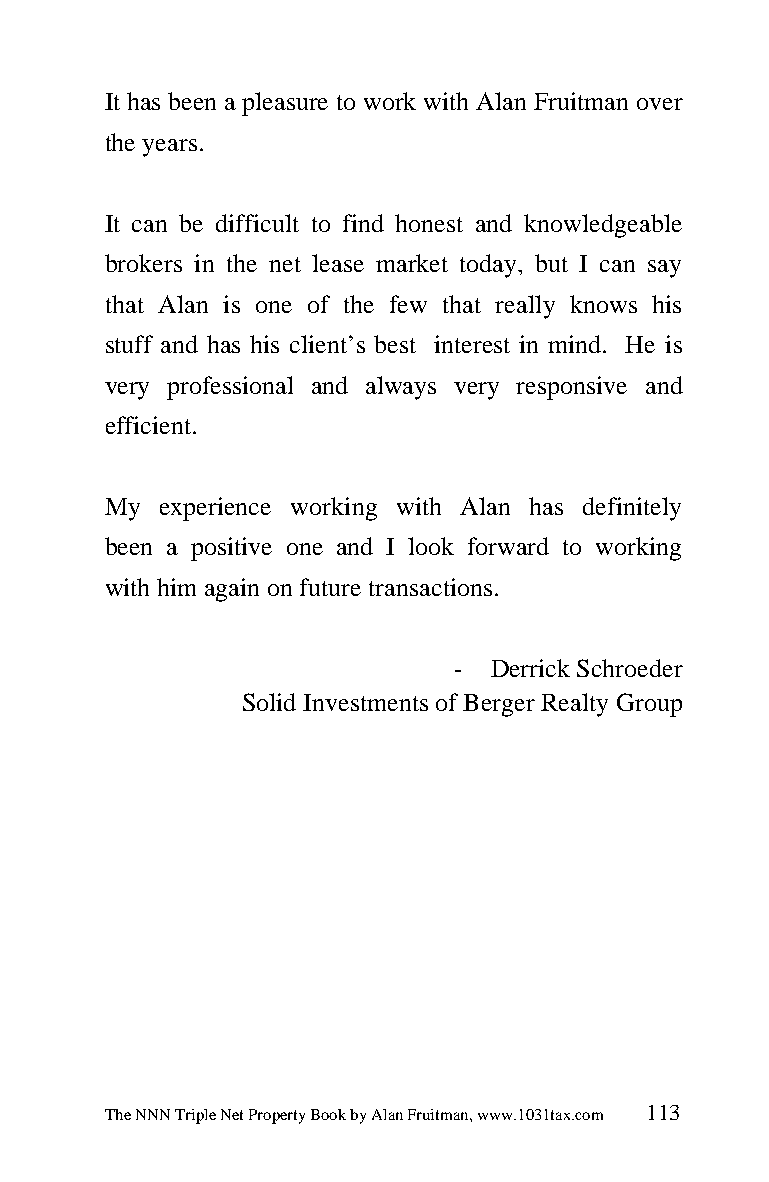
It has been a pleasure to work with Alan Fruitman over
 the years.
 It can be difficult to find honest and knowledgeable
 brokers in the net lease market today, but I can say
 that Alan is one of the few that really knows his
 stuff and has his client’s best interest in mind. He is
 very professional and always very responsive and
 efficient.
 My  experience working with Alan has definitely
 been a positive one and I look forward to working
 with him again on future transactions.
 -  Derrick Schroeder
 Solid Investments of Berger Realty Group
 The NNN Triple Net Property Book by Alan Fruitman, www.1031tax.com 113